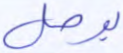
يوصل